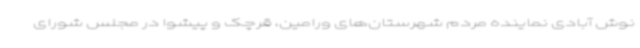
نوش آبادی نماینده مردم شهرستان‌های ورامین، قرچک و پیشوا در مجلس شورای